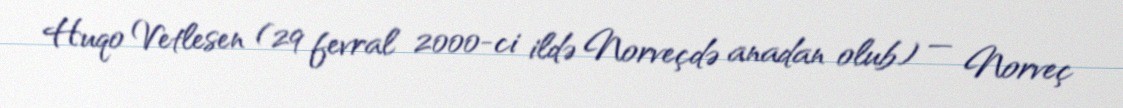
Huqo Vetlesen (29 fevral 2000-ci ildə Norveçdə anadan olub) — Norveç